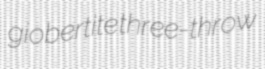
giobertite three-throw